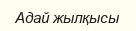
Адай жылқысы